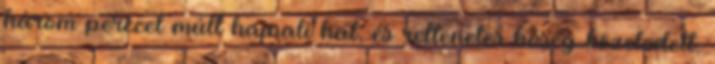
három perccel múlt hajnali hat, és rettenetes hőség közeledett.